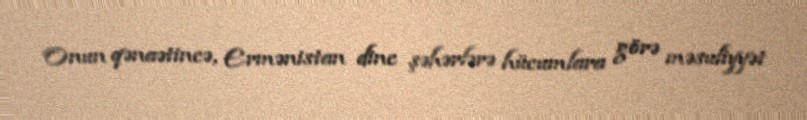
Onun qənaətincə, Ermənistan dinc şəhərlərə hücumlara görə məsuliyyət